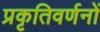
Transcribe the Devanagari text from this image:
प्रकृतिवर्णनों